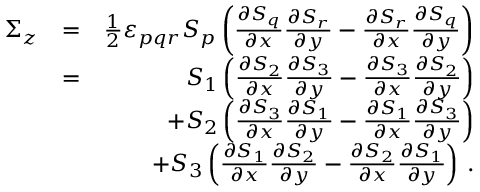
\begin{array} { r l r } { \Sigma _ { z } } & { = } & { \frac { 1 } { 2 } \varepsilon _ { p q r } S _ { p } \left( \frac { \partial S _ { q } } { \partial x } \frac { \partial S _ { r } } { \partial y } - \frac { \partial S _ { r } } { \partial x } \frac { \partial S _ { q } } { \partial y } \right) } \\ & { = } & { S _ { 1 } \left( \frac { \partial S _ { 2 } } { \partial x } \frac { \partial S _ { 3 } } { \partial y } - \frac { \partial S _ { 3 } } { \partial x } \frac { \partial S _ { 2 } } { \partial y } \right) } \\ & { } & { + S _ { 2 } \left( \frac { \partial S _ { 3 } } { \partial x } \frac { \partial S _ { 1 } } { \partial y } - \frac { \partial S _ { 1 } } { \partial x } \frac { \partial S _ { 3 } } { \partial y } \right) } \\ & { } & { + S _ { 3 } \left( \frac { \partial S _ { 1 } } { \partial x } \frac { \partial S _ { 2 } } { \partial y } - \frac { \partial S _ { 2 } } { \partial x } \frac { \partial S _ { 1 } } { \partial y } \right) \, . } \end{array}